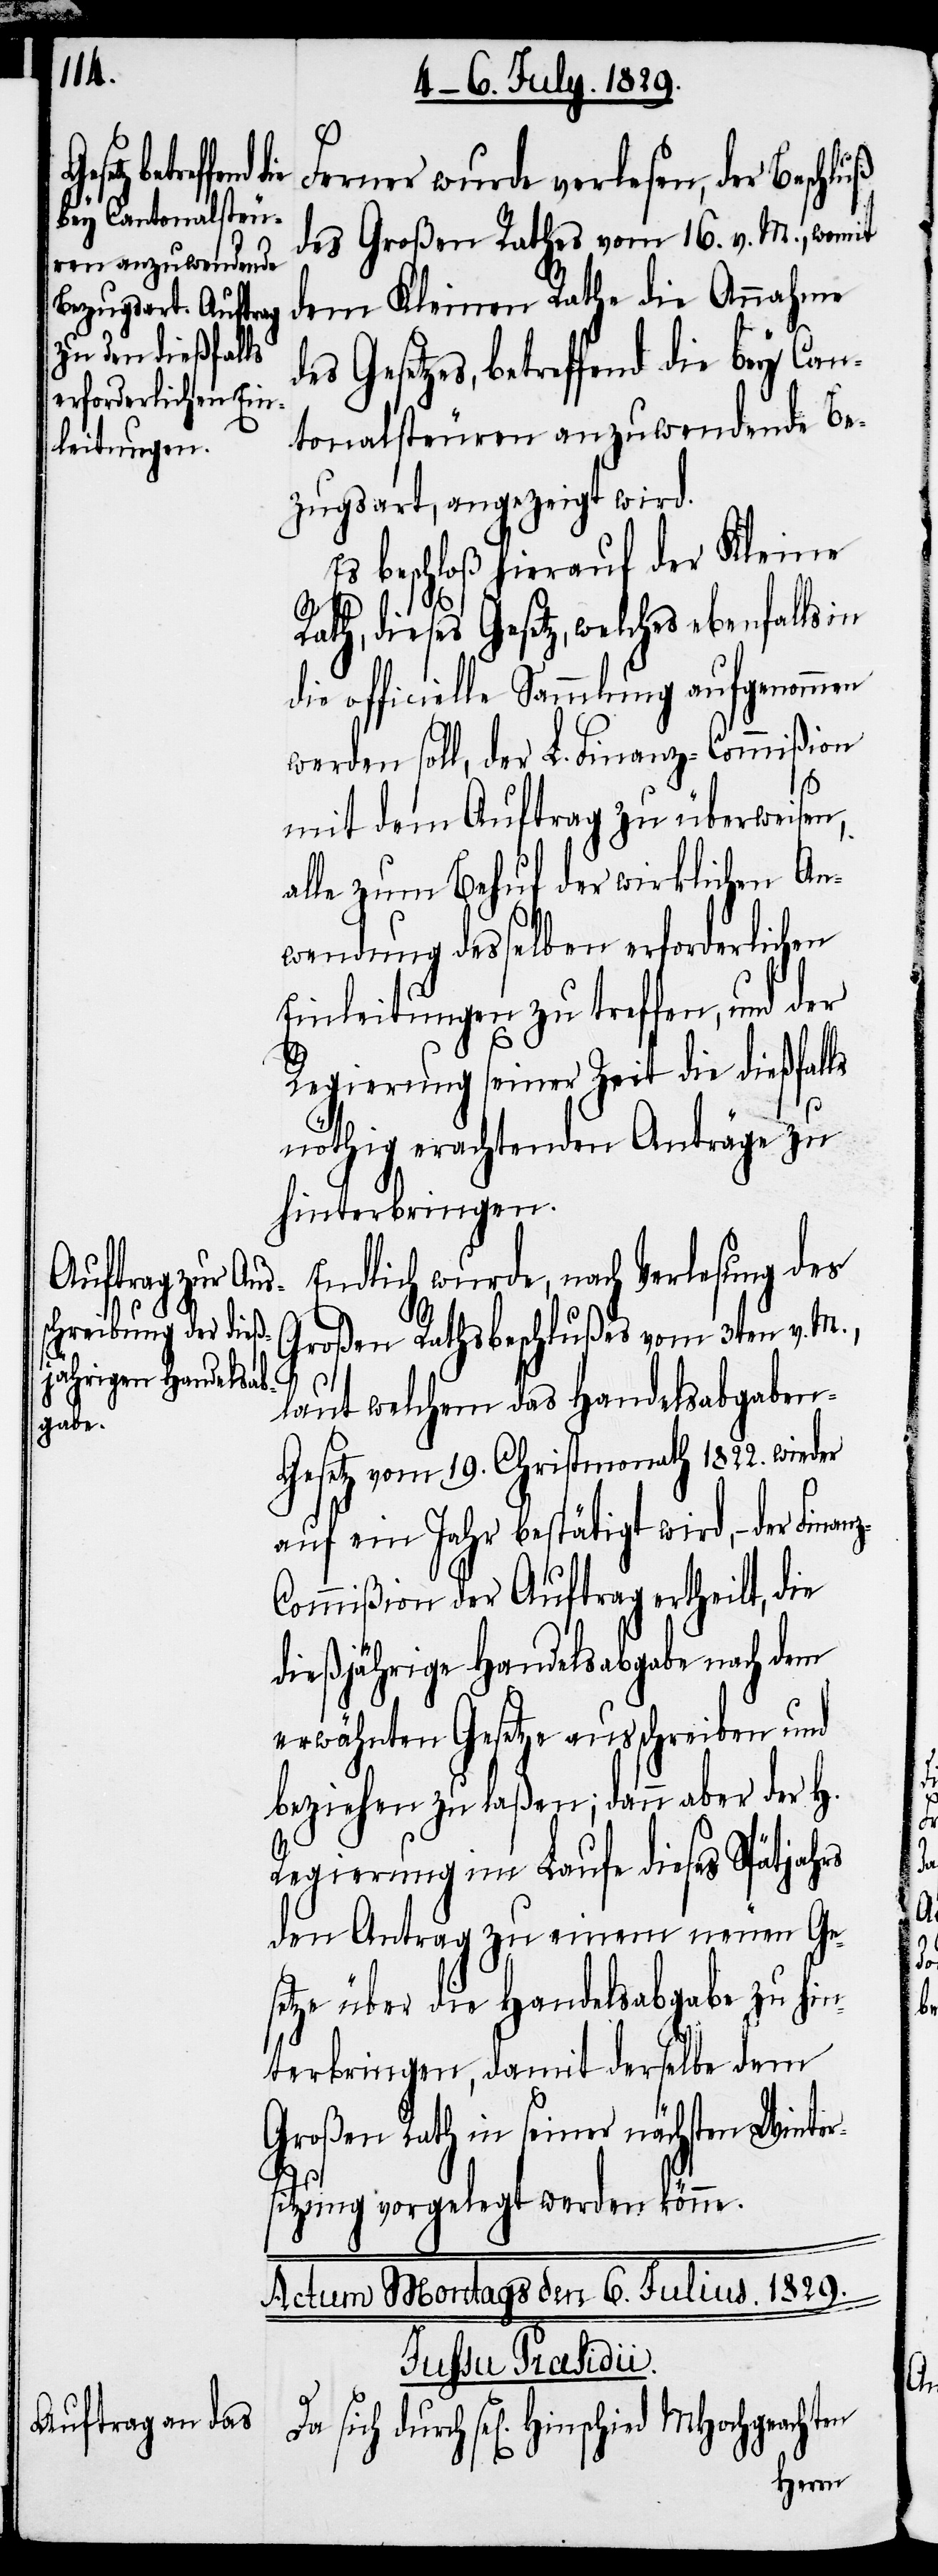
z-C¬

Ferner wurde verlesen, der Beschluß
des Großen Rathes vom 16. v. M., womit
dem Kleinen Rathe die Annahme
Gesetzes, betreffend die bey Can¬
tonalsteuren anzuwendende Be¬
zugsart, angezeigt wird.
Es beschloß hierauf der Kleine
Rath, dieses Gesetz, welches ebenfalls
die officielle Sammlung aufgenommen
werden soll, der L. Finanz-Commißion
mit dem Auftrag zu überweisen,
alle zum Behuf der wirklichen An¬
wendung desselben erforderlichen
Einleitungen zu treffen, und der
Regierung seiner Zeit die dießfalls
nöthig erachtenden Anträge zu
hinterbringen.
Endlich wurde, nach Verlesung des
Großen Rathsbeschlußes vom 3ten v. M.,
laut welchem das Handelsabgabe¬
n-Gesetz vom 19. Christmonath 1822. wieder
auf ein Jahr bestätigt wird,– der Finan¬
ommißion der Auftrag ertheilt, die
dießjährige Handelsabgabe nach dem
erwähnten Gesetze ausschreiben und
beziehen zu laßen; dann aber der H.
Regierung im Laufe dieses Spätjahres
den Antrag zu einem neuen Ge¬
setze über die Handelsabgabe zu hin¬
terbringen, damit derselbe dem
Großen Rath in seiner nächsten Winte¬
rsitzung vorgelegt werden könne.
Actum Montags den 6. Julius 1829.
sich durch
sel[igen]. Hinschied MHochgeachten